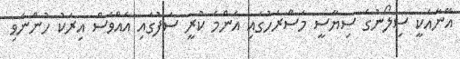
އޭނާއަކީ ސިލޯނުގެ ސިޔާސީ މަސްރަހުގައި އެންމެ ކުރީ ސަފުގައި އެއްވެސް އިރަކު ހުންނެވި